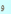
و